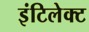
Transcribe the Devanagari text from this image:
इंटिलेक्ट